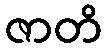
ဇာတိ